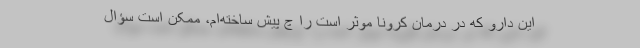
این دارو که در درمان کرونا موثر است را چ پیش ساخته‌ام، ممکن است سؤال